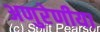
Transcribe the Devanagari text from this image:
अणुरेणीया